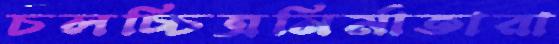
চলচ্চিত্রনির্মাতারা